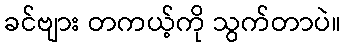
ခင်ဗျား တကယ့်ကို သွက်တာပဲ။